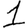
Digit: 1